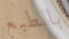
بالطبع